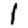
Digit: 1